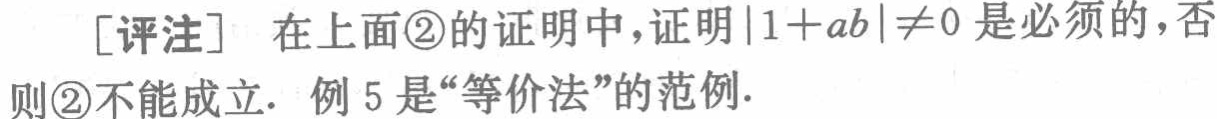
[评注] 在上面\textcircled{2}的证明中，证明\(|1 + ab|\neq0是必须的，否则\textcircled{2}不能成立. 例5是“等价法”的范例.